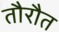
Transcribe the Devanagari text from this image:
तौरौत